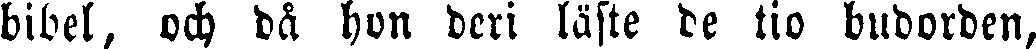
bibel, och då hon deri läste de tio budorden,